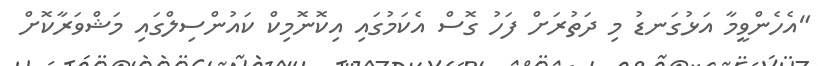
"އެހެންވީމާ އަޅުގަނޑު މި ދަތުރަށް ފަހު ގޮސް އެކަމުގައި އިކޮނޮމިކް ކައުންސިލްގައި މަޝްވަރާކޮށް